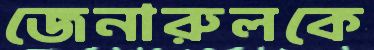
জেনারুলকে